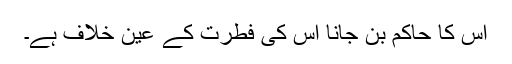
اس کا حاکم بن جانا اس کی فطرت کے عین خلاف ہے۔